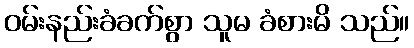
ဝမ်းနည်းခံခက်စွာ သူမ ခံစားမိ သည်။